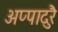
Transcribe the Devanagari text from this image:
अप्पादुरै